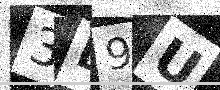
Text: 3B9U